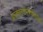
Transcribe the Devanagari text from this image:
प्रजननसंस्थेविषयीही